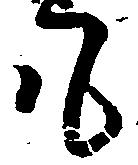
も